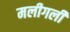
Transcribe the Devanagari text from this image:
मलीगली